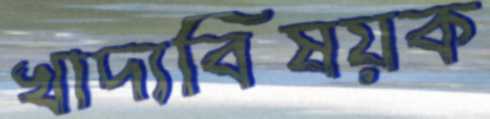
খাদ্যবিষয়ক